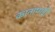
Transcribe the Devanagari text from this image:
कानाप्पडी